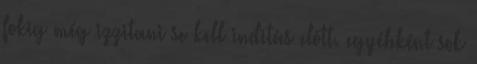
fokig még izzitani se kell inditás elõtt. egyébként sok